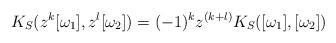
LaTeX: \begin{align*}K_S(z ^k [ \omega_1] , z^l [\omega_2 ] )= (-1)^k z^{(k+l)} K_S([\omega_1] ,[ \omega_2 ] )\end{align*}